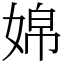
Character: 婂